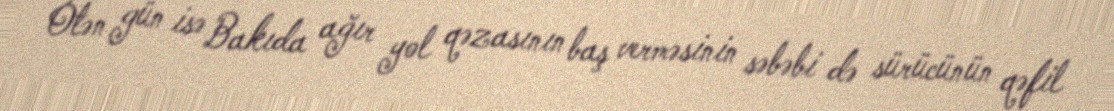
Ötən gün isə Bakıda ağır yol qəzasının baş verməsinin səbəbi də sürücünün qəfil